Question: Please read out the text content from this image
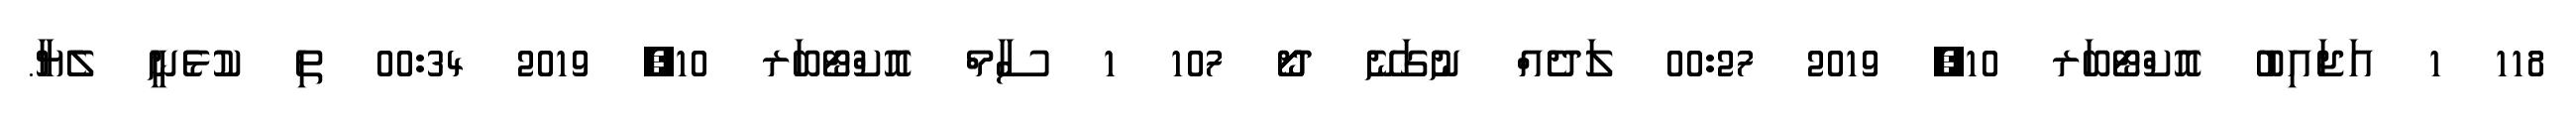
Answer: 118 1 އަޖައިބު އޮކްޓޯބަރ 10, 2019 00:27 ލަދެއް ނުގަނޭ ދޯޯ 107 1 ސާމް އޮކްޓޯބަރ 10, 2019 00:34 ތި ކުޅެނީ ލެޔާ.